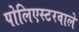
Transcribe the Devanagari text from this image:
पोलिएस्टरवाले